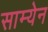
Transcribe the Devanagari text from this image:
साम्येन